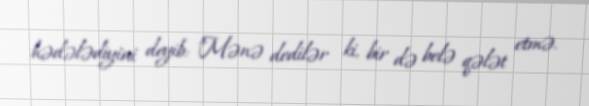
hədələdiyini deyib: "Mənə dedilər ki, bir də belə qələt etmə.